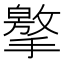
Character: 𢶡